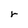
Character: r